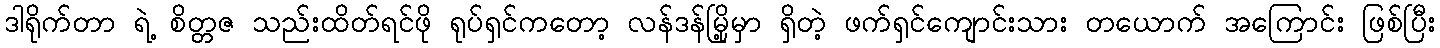
ဒါရိုက်တာ ရဲ့ စိတ္တဇ သည်းထိတ်ရင်ဖို ရုပ်ရှင်ကတော့ လန်ဒန်မြို့မှာ ရှိတဲ့ ဖက်ရှင်ကျောင်းသား တယောက် အကြောင်း ဖြစ်ပြီး